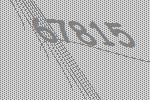
67815